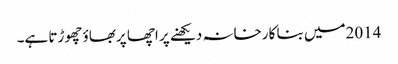
2014میں بنا کارخانہ دیکھنے پر اچھا پربھاؤ چھوڑتا ہے۔